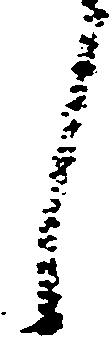
し